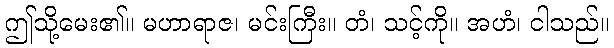
ဤသို့မေး၏။ မဟာရာဇ၊ မင်းကြီး။ တံ၊ သင့်ကို။ အဟံ၊ ငါသည်။